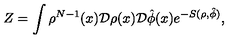
Z = \int \rho ^ { N - 1 } ( x ) { \cal D } \rho ( x ) { \cal D } \hat { \phi } ( x ) e ^ { - S ( \rho , \hat { \phi } ) } ,